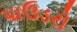
પાઉડરો